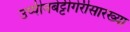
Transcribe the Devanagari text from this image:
उप्पीनबेट्टीगेरीसारख्या